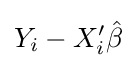
Y_{i}-X'_{i}{\hat {\beta }}